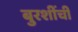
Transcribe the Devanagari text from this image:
बुरशींची